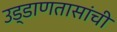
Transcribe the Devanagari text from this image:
उड्डाणतासांची